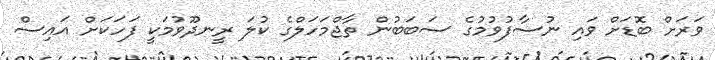
ވަރަށް ބޮޑަށް ވައި ނުސާފުވުމުގެ ސަބަބުން ތާޖްމަހަލްގެ ކުލަ ރީނދޫވުމަކީ ފަހަކަށް އައިސް